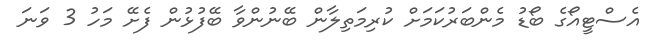
އެސްޓީއޯގެ ބޯޑު މެންބަރުކަމަށް ކުރިމަތިލާން ބޭނުންވާ ބޭފުޅުން ފެށޭ މަހު 3 ވަނަ